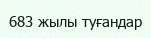
683 жылы туғандар